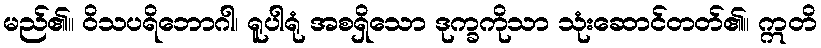
မည်၏။ ဝိသပရိဘောဂါ၊ ရူပါရုံ အစရှိသော ဒုက္ခကိုသာ သုံးဆောင်တတ်၏။ ဣတိ